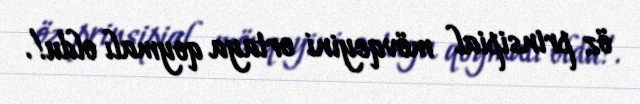
öz prinsipial mövqeyini ortaya qoymalı oldu!.